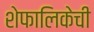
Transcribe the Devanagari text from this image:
शेफालिकेची